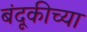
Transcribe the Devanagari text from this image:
बंदूकीच्या